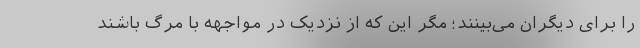
را برای دیگران می‌بینند؛ مگر این که از نزدیک در مواجهه با مرگ باشند